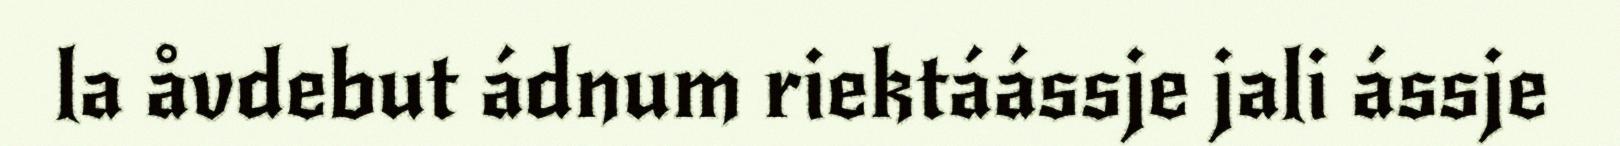
la åvdebut ádnum riektáássje jali ássje